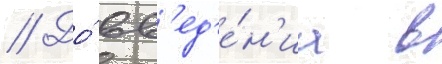
// До́ вв'ед'е́н'иа в